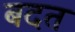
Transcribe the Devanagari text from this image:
बदत